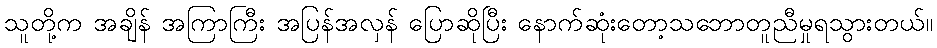
သူတို့က အချိန် အကြာကြီး အပြန်အလှန် ပြောဆိုပြီး နောက်ဆုံးတော့သဘောတူညီမှုရသွားတယ်။